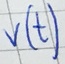
Text: V(t)